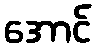
အောင်